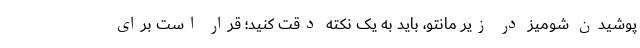
پوشیدن شومیز در زیر مانتو، باید به یک نکته دقت کنید؛ قرار است برای